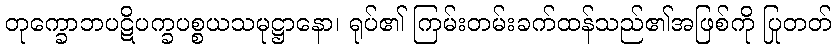
တုက္ခောဘပဋိပက္ခပစ္စယသမုဋ္ဌာနော၊ ရုပ်၏ ကြမ်းတမ်းခက်ထန်သည်၏အဖြစ်ကို ပြုတတ်